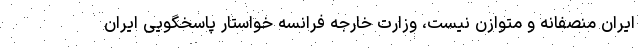
ایران منصفانه و متوازن نیست، وزارت خارجه فرانسه خواستار پاسخگویی ایران